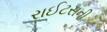
રાઈટસની